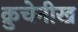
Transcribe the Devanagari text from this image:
क्रुचेनीख